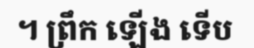
។ ព្រឹក ឡើង ទើប